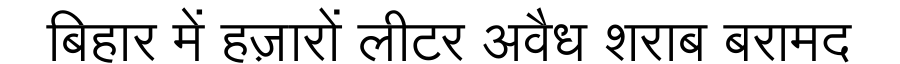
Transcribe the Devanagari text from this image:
बिहार में हज़ारों लीटर अवैध शराब बरामद